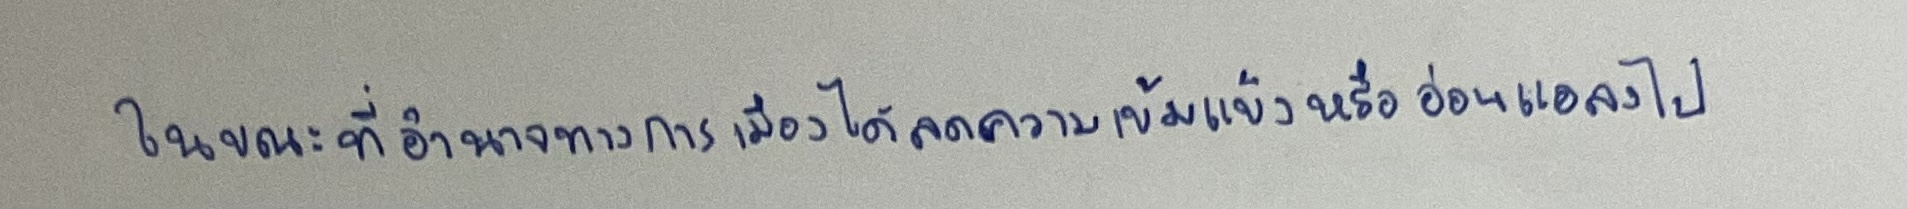
ในขณะที่อำนาจทางการเมืองได้ลดความเข้มแข็งหรืออ่อนแอลงไป